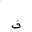
Letter: _fa